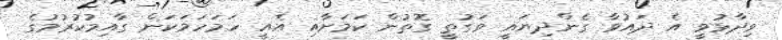
ވިދާޅުވީ އެ ދައުވާ ގެންދިޔައީ ވަގުތީ ގޮތުން ކަމަށާއި އެއީ ހަމަހަމަކަން ގާއިމުކުރުމުގެ